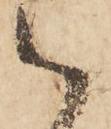
御